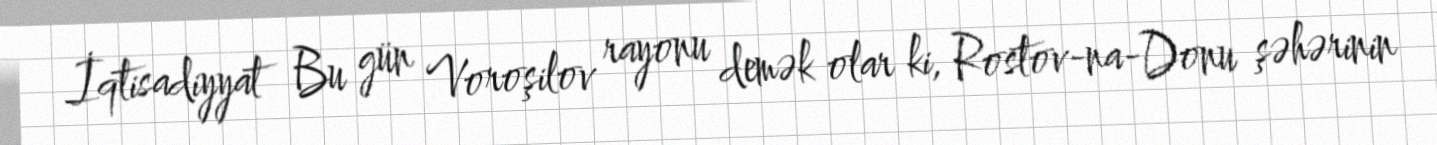
İqtisadiyyat Bu gün Voroşilov rayonu demək olar ki, Rostov-na-Donu şəhərinin